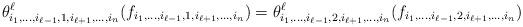
LaTeX: \begin{align*} \theta^\ell_{i_1,\ldots,i_{\ell-1},1,i_{\ell+1},\ldots,i_n}(f_{i_1,\ldots,i_{\ell-1},1,i_{\ell+1},\ldots,i_n})=\theta^\ell_{i_1,\ldots,i_{\ell-1},2,i_{\ell+1},\ldots,i_n}(f_{i_1,\ldots,i_{\ell-1},2,i_{\ell+1},\ldots,i_n})\end{align*}